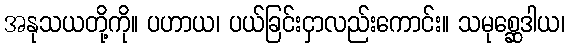
အနုသယတို့ကို။ ပဟာယ၊ ပယ်ခြင်းငှာလည်းကောင်း။ သမုစ္ဆေဒါယ၊